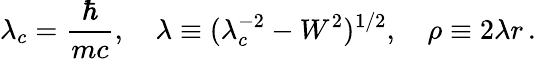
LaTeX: \lambda_{c}=\frac{\hbar}{mc},\quad\lambda\equiv(\lambda_{c}^{-2}-W^{2})^{1/2},\quad\rho\equiv 2\lambda r\, {.}